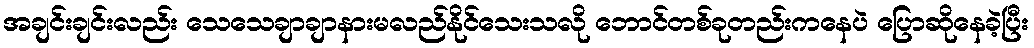
အချင်းချင်းလည်း သေသေချာချာနားမလည်နိုင်သေးသလို ဘောင်တစ်ခုတည်းကနေပဲ ပြောဆိုနေခဲ့ပြီး